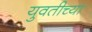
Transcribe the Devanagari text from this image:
युवतीच्या